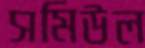
সমিউল